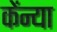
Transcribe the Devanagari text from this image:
केंन्या